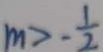
m > - \frac { 1 } { 2 }